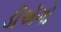
ડીઍગો